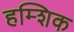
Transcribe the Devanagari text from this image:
हम्शिक